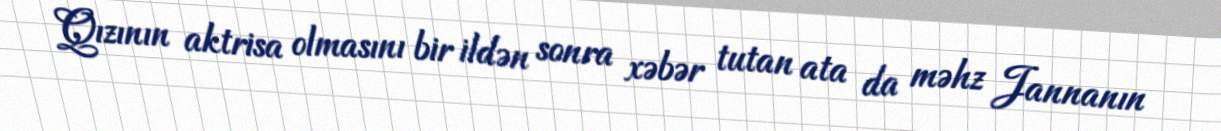
Qızının aktrisa olmasını bir ildən sonra xəbər tutan ata da məhz Jannanın